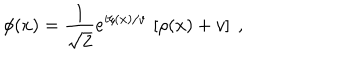
LaTeX: \phi ( x ) = \frac { 1 } { \sqrt { 2 } } e ^ { i \xi ( x ) / v } \, \left[ \rho ( x ) + v \right] \ ,